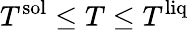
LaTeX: T^{\mathrm{sol}}\le T\le T^{\mathrm{liq}}